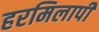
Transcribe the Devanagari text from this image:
हरमिलापी